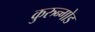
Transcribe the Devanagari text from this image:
कुरुन्गोड